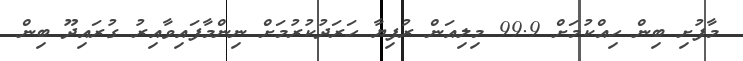
މާފުށި ބިން ހިއްކުމަށް 99.9 މިލިއަން ރުފިޔާ ހަރަދުކުރުމަށް ނިންމާފައިވާއިރު ގުރައިދޫ ބިން